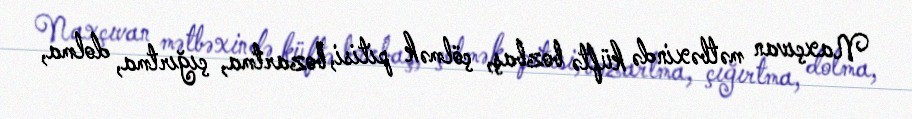
Naxçıvan mətbəxində küftə bozbaş, çölmək pitisi, bozartma, çığırtma, dolma,